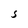
Character: S